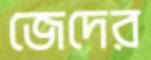
জেদের